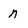
Character: n